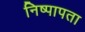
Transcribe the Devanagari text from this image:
निष्पापता